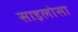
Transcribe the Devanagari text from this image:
साइलोसा